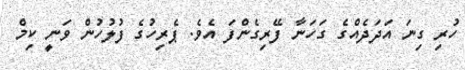
ހުރި ގިނަ އަދަދެއްގެ ގަހަނާ ފޭރިގެންފަ އެވެ. ޕެރިހުގެ ފުލުހުން ވަނީ ކިމް